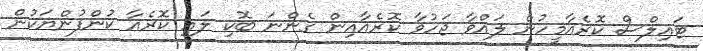
ޓައިލްސް ކޮރެއާމީހުން ލައްވާ ޖަހުވާ ކޮރެއާއިން ގެންނަ ބޮކި ލައި ކޮރެއާ ކުންފުންޔަކުން